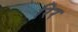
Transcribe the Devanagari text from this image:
रिर